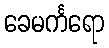
ခေမင်္ကရော